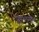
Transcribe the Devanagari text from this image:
पृष्ठभागात